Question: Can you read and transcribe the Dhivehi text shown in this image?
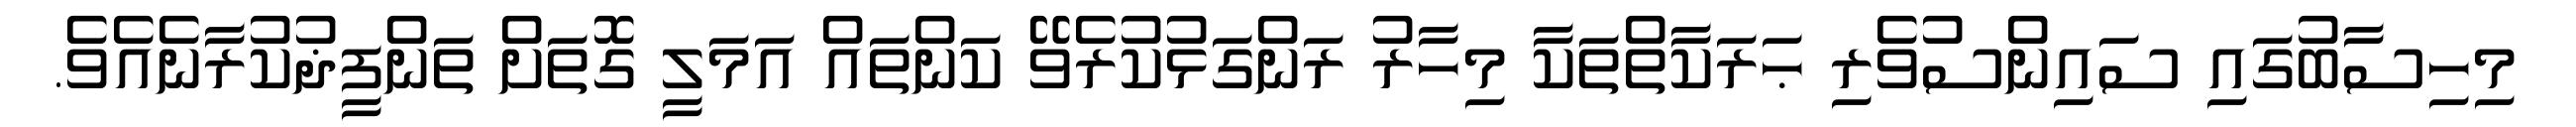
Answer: މިހިސާބުގައި ސައިންސުވެރި ޙަރަކާތްތަކާ މިހާރު ރަންގަޅުކުރެވޭ ކަންތައް އަމަލީ ގޮތަށް ތަންފީޛުކުރާނެއެވެ.